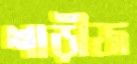
শাড়ীজ